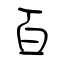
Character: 百